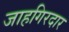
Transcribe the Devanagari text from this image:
जाहगिरदार